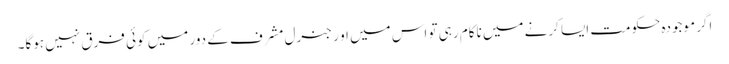
اگر موجودہ حکومت ایسا کرنے میں ناکام رہی تو اس میں او ر جنرل مشرف کے دور میں کوئی فرق نہیں ہوگا۔